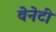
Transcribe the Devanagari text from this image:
वेनेटी